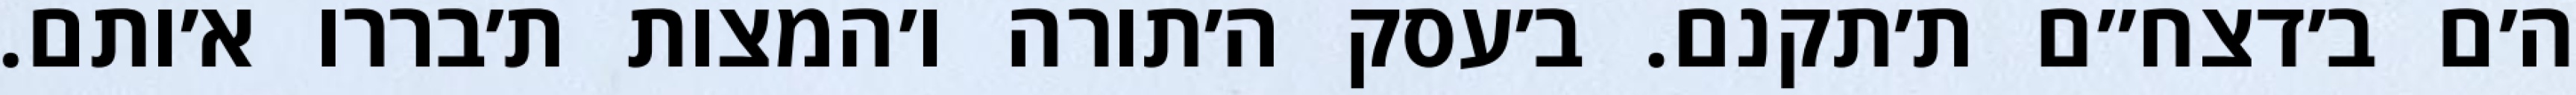
ה׳ם ב׳דצח״ם ת׳תקנם. ב׳עסק ה׳תורה ו׳המצות ת׳בררו א׳ותם.